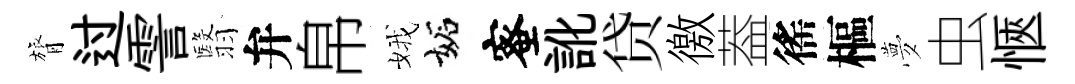
膂过霅翳弁帛娥妬蜜訛贷徼葢徭樞夢虫愜